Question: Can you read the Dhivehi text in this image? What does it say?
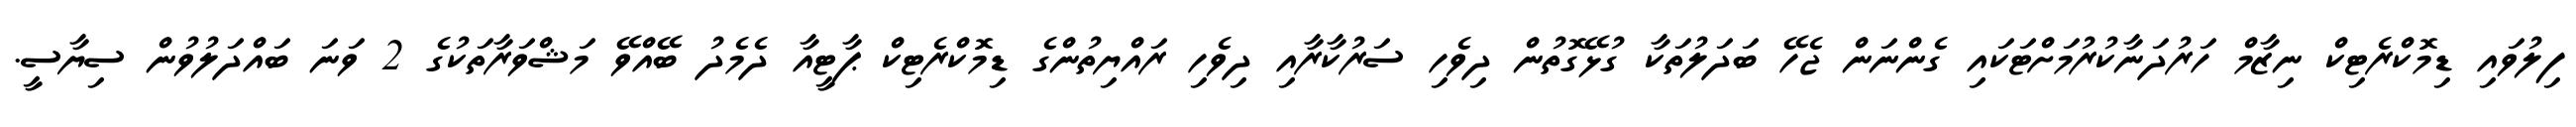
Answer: ފިލުވައި ޑިމޮކްރެޓިކް ނިޒާމް ހަރުދަނާކުރުމަށްޓަކައި ގެންނަން ޖެހޭ ބަދަލުތަކާ ގުޅޭގޮތުން ދިވެހި ސަރުކާރާއި ދިވެހި ރައްޔިތުންގެ ޑިމޮކްރެޓިކް ޕާޓީއާ ދެމެދު ބޭއްވޭ މަޝްވަރާތަކުގެ 2 ވަނަ ބައްދަލުވުން ސިޔާސީ.